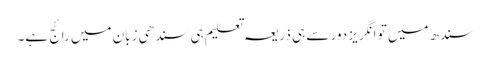
سندھ میں تو انگریز دور سے ہی ذریعہ تعلیم ہی سندھی زبان میں رائج ہے۔